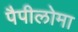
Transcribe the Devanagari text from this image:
पैपीलोमा